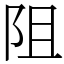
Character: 阻